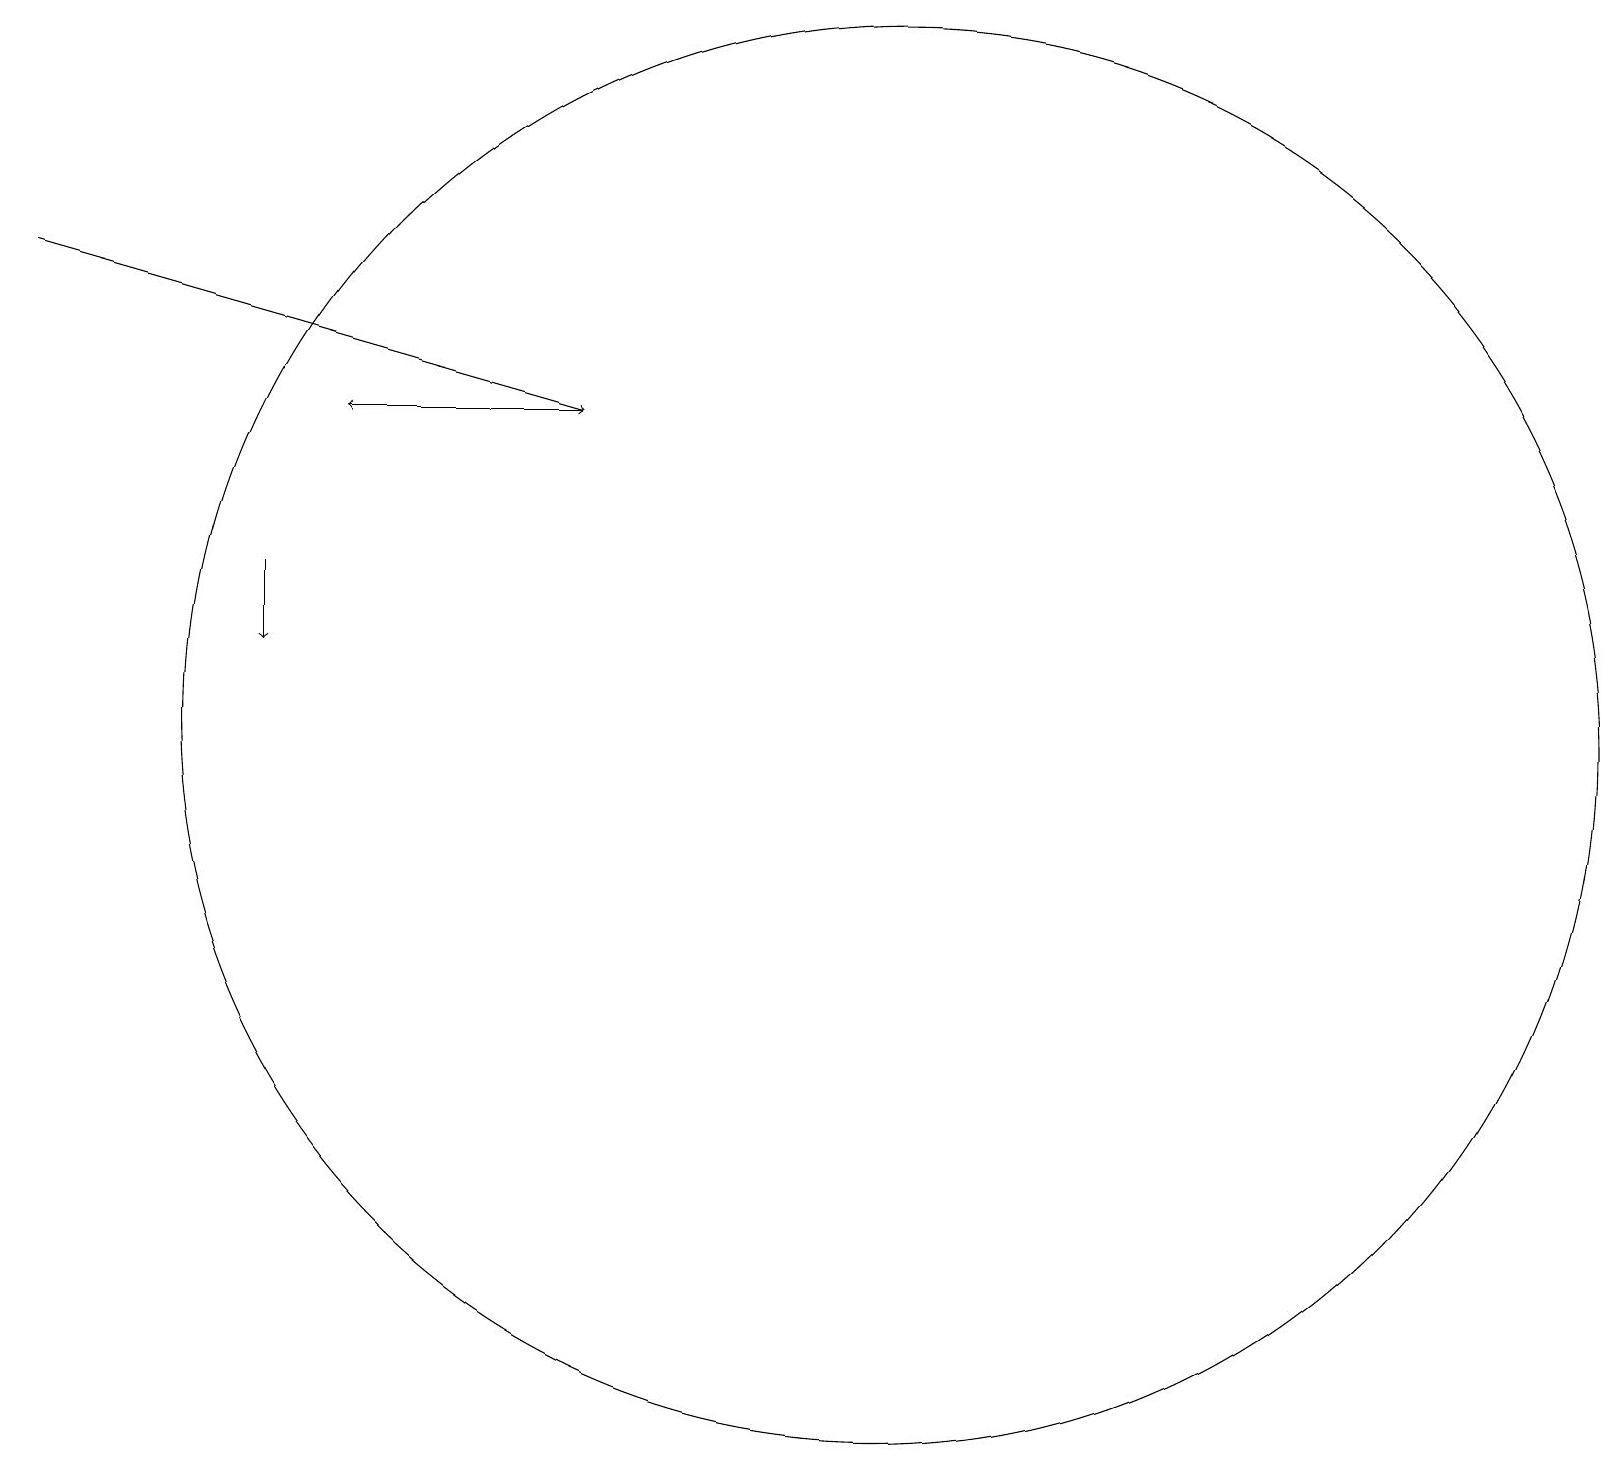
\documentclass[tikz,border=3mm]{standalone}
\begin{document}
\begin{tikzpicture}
\draw[->] (0,17) -- (7,15);
\draw[->] (3,13) -- (3,12);
\draw (11,11) circle (9);
\draw[->] (7,15) -- (4,15);
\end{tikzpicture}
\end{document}